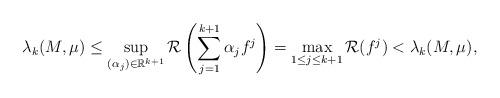
LaTeX: \begin{align*} \lambda_k(M,\mu)\leq \sup_{(\alpha_j)\in \mathbb{R}^{k+1}}\mathcal{R}\left(\sum_{j=1}^{k+1}\alpha_jf^j\right) =\max_{1\leq j\leq k+1}\mathcal{R}(f^j)<\lambda_k(M,\mu),\end{align*}